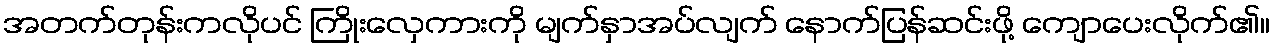
အတက်တုန်းကလိုပင် ကြိုးလှေကားကို မျက်နှာအပ်လျက် နောက်ပြန်ဆင်းဖို့ ကျောပေးလိုက်၏။